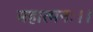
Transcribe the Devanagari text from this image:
महात्मनः।।